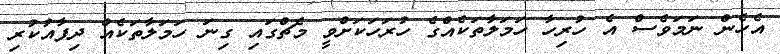
އެހެން ނަމަވެސް އެ ހުރިހާ ހަމަލާތަކެއްގެ ހުރަހަކަށްވީ މެޗްގައި ގިނަ ހަމަލާތަކެއް ދިފާއުކުރި